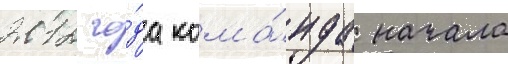
2012 го́да кома́нда начала